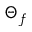
\Theta _ { f }